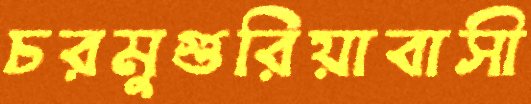
চরমুগুরিয়াবাসী